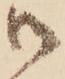
御